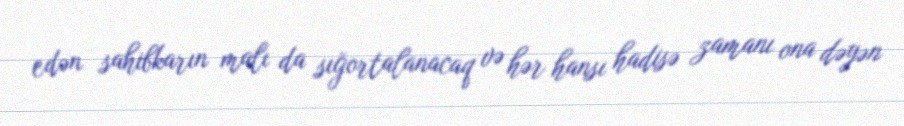
edən sahibkarın malı da sığortalanacaq və hər hansı hadisə zamanı ona dəyən